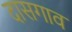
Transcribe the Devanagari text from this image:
दासगाव